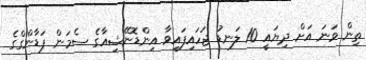
ތިން ވަނަ އަށް ދިޔައީ 10 ލަނޑު ޖަހައިފައިވާ އިންޑޮނޭޝިއާގެ ސެމަން ޕަޑާންގްގެ